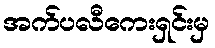
အက်ပလီကေးရှင်းမှ